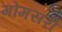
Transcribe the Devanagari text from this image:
गोमसरी